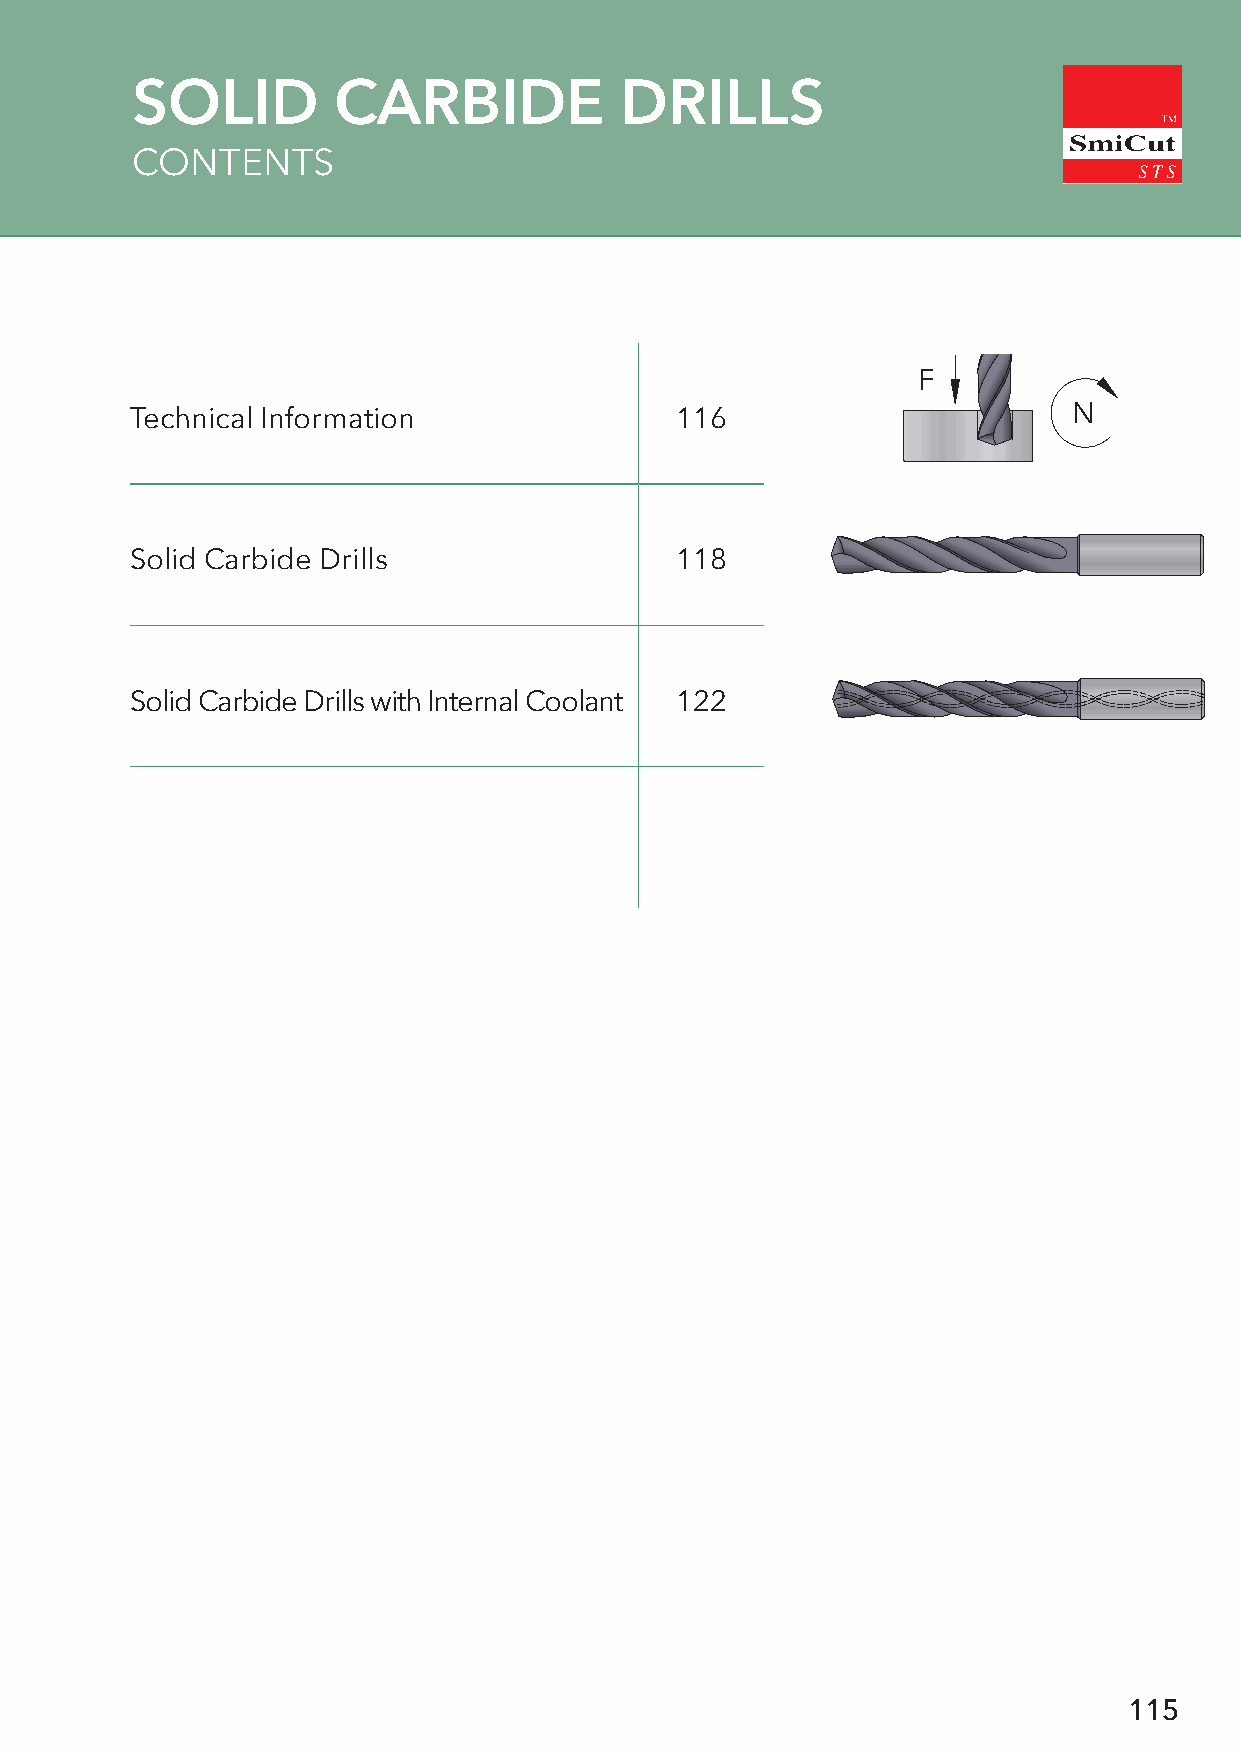
SOLID        CARBIDE            DRILLS
 CONTENTS
 F
 Technical Information               116                       N
 Solid Carbide Drills                118
 Solid Carbide Drills with Internal Coolant 122
 115